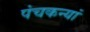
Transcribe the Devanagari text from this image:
पंचकन्यां